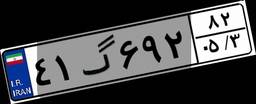
۴۱گ۶۹۲۸۲